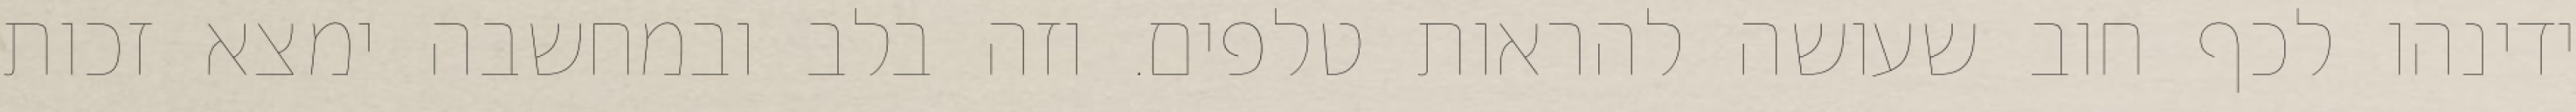
ידינהו לכף חוב שעושה להראות טלפים. וזה בלב ובמחשבה ימצא זכות